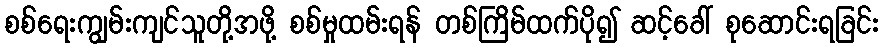
စစ်ရေးကျွမ်းကျင်သူတို့အဖို့ စစ်မှုထမ်းရန် တစ်ကြိမ်ထက်ပို၍ ဆင့်ခေါ် စုဆောင်းရခြင်း